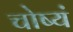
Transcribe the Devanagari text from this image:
चोष्यं